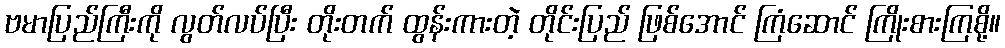
ဗမာပြည်ကြီးကို လွတ်လပ်ပြီး တိုးတက် ထွန်းကားတဲ့ တိုင်းပြည် ဖြစ်အောင် ကြံဆောင် ကြိုးစားကြစို့။